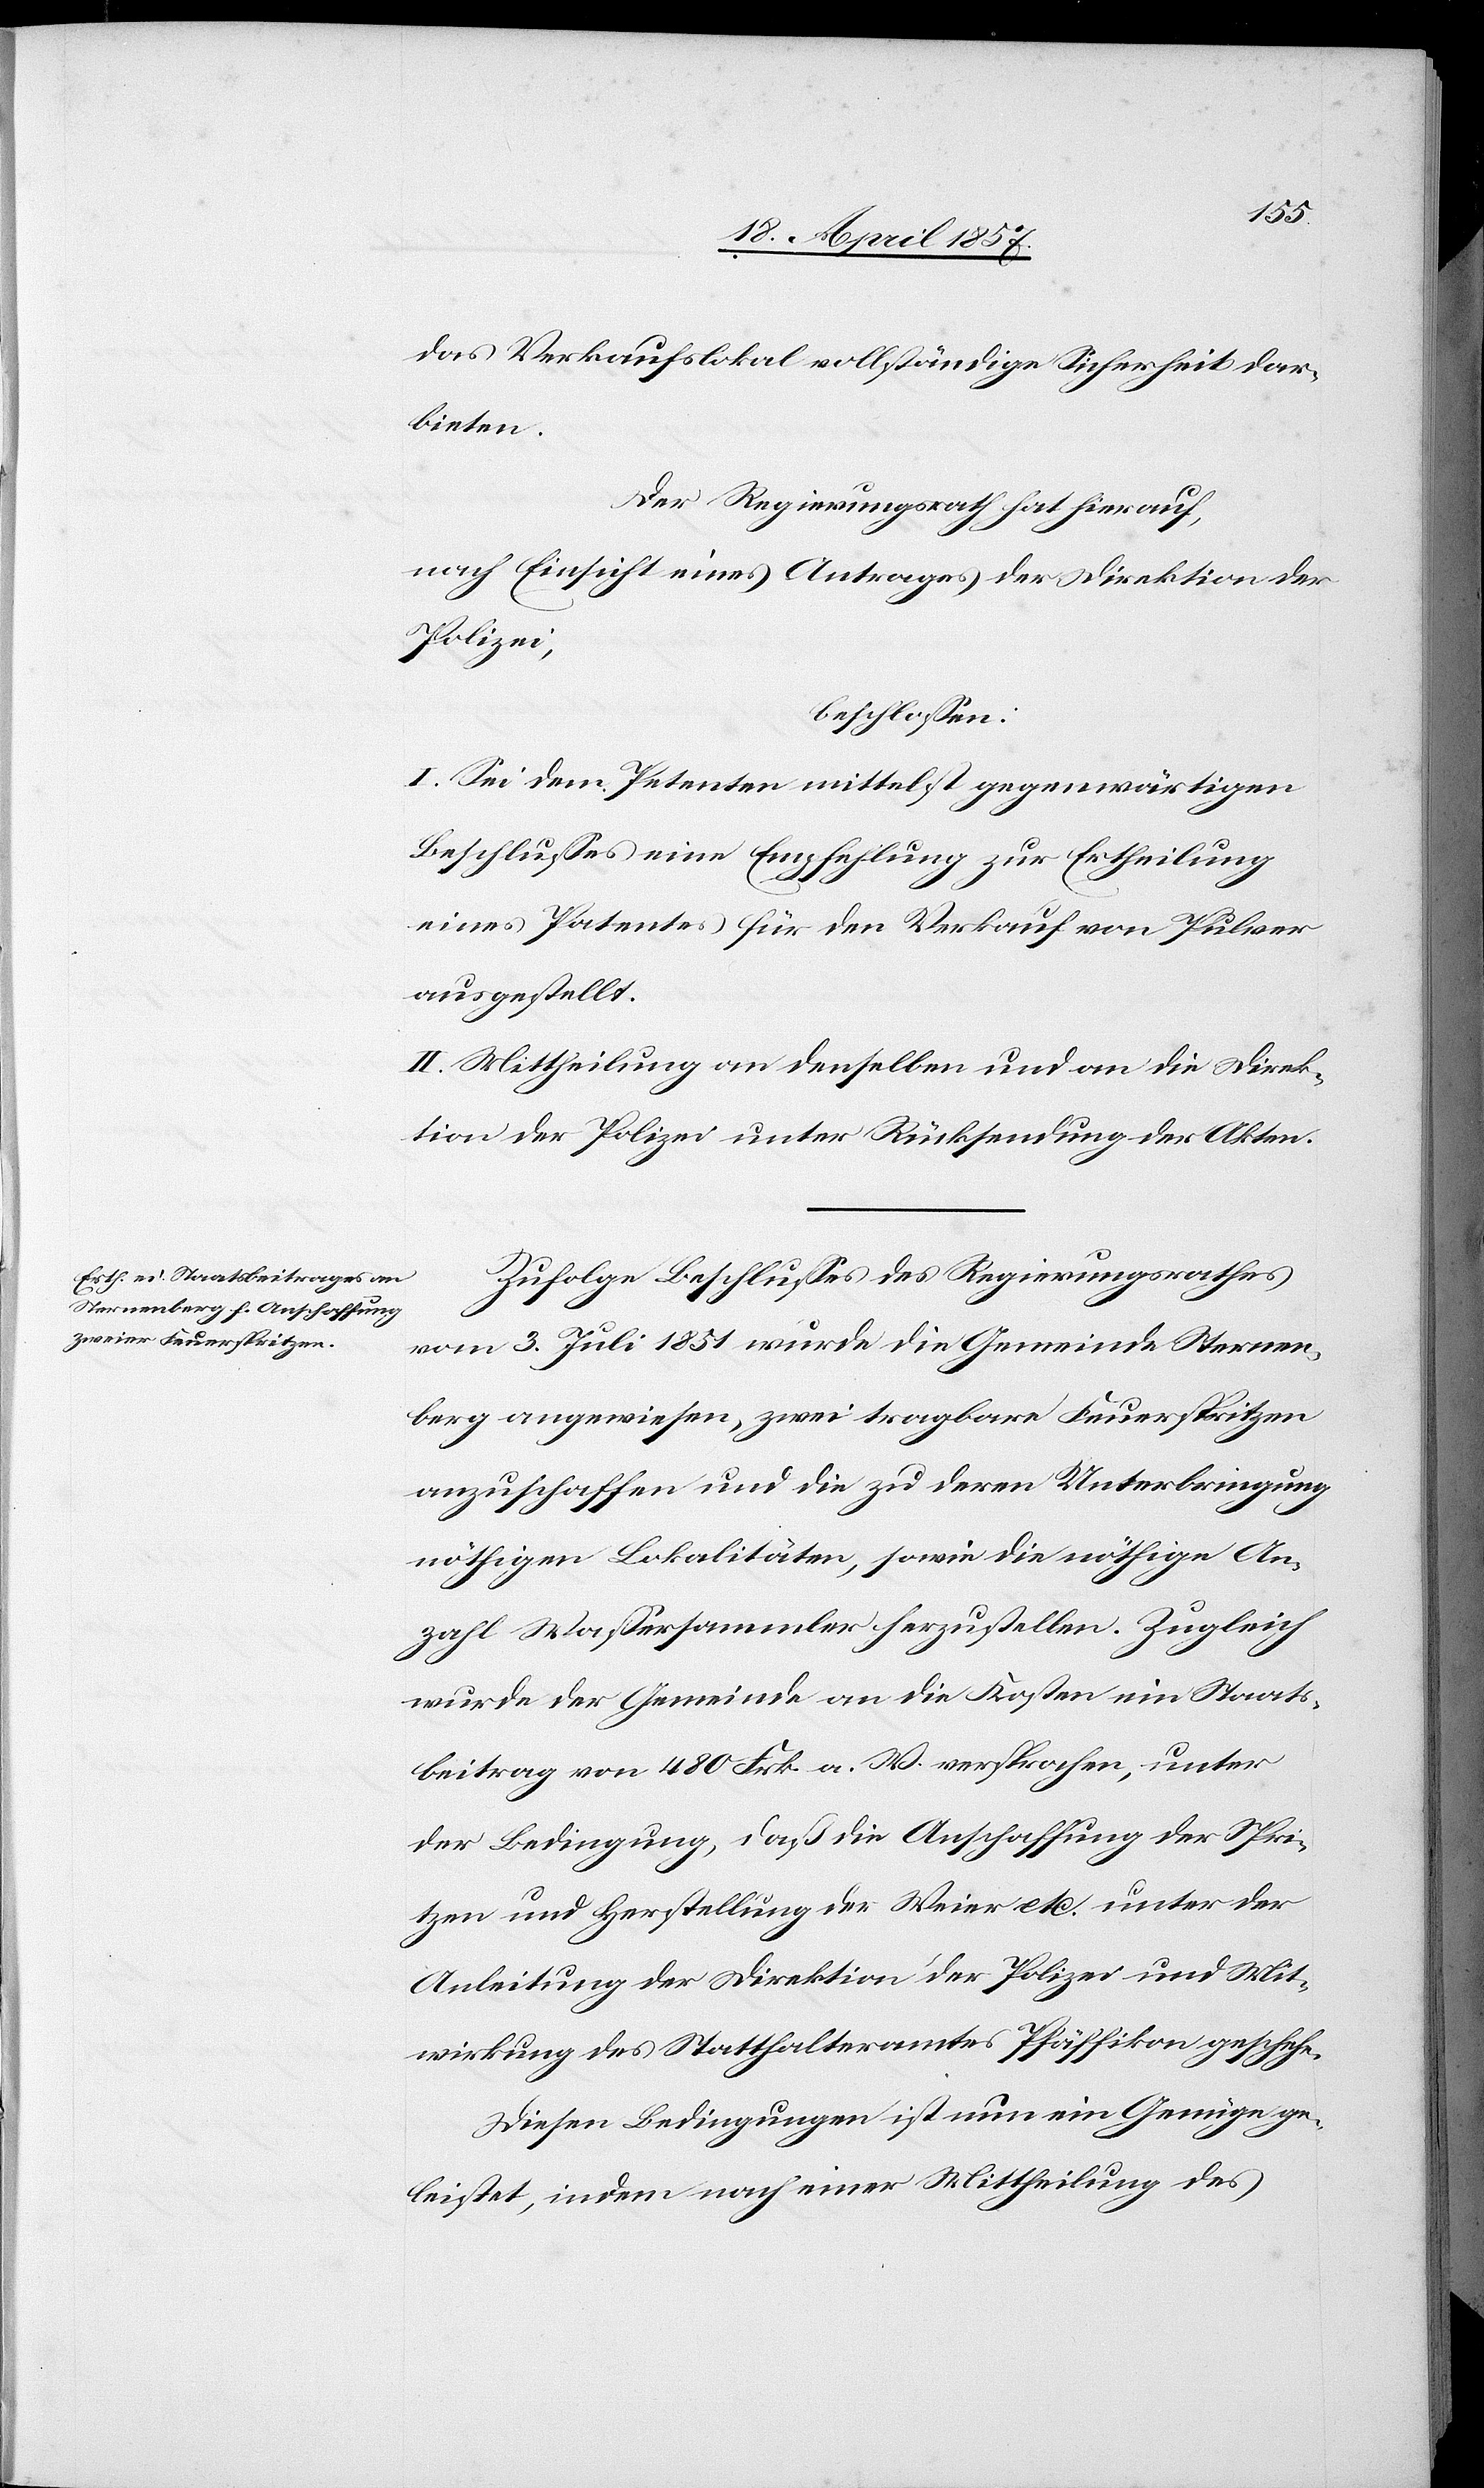
das Verkaufslokal vollständige Sicherheit dar¬
bieten.
Der Regierungsrath hat hierauf,
nach Einsicht eines Antrages der Direktion der
Polizei,
beschlossen:
I. Sei dem Petenten mittelst gegenwärtigen
Beschlusses eine Empfehlung zur Ertheilung
eines Patentes für den Verkauf von Pulver
ausgestellt.
II. Mittheilung an denselben und an die Direk¬
tion der Polizei unter Rücksendung der Akten.
Zufolge Beschlusses des Regierungsrathes
vom 3. Juli 1851 wurde die Gemeinde Sternen¬
berg angewiesen, zwei tragbare Feuerspritzen
anzuschaffen und die zu deren Unterbringung
nöthigen Lokalitäten, sowie die nöthige An¬
zahl Wassersammler herzustellen. Zugleich
wurde der Gemeinde an die Kosten ein Staats¬
beitrag von 480 Frk. a. W. versprochen, unter
der Bedingung, daß die Anschaffung der Spri¬
tzen und Herstellung der Weier etc. unter der
Anleitung der Direktion der Polizei und Mit¬
wirkung des Statthalteramtes Pfäffikon geschehe.
Diesen Bedingungen ist nun ein Genüge ge¬
leistet, indem nach einer Mittheilung des